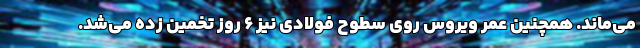
می‌ماند. همچنین عمر ویروس روی سطوح فولادی نیز ۶ روز تخمین زده می‌شد.